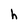
Character: h